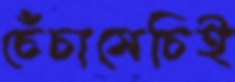
চেঁচামেচিই